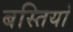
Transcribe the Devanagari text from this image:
बस्‍तियो